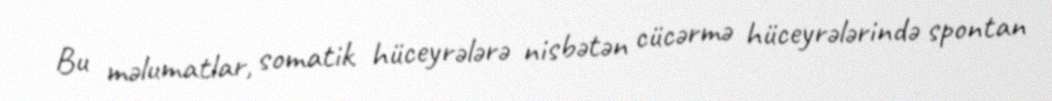
Bu məlumatlar, somatik hüceyrələrə nisbətən cücərmə hüceyrələrində spontan